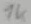
Text: 1K